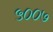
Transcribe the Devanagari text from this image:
५००७